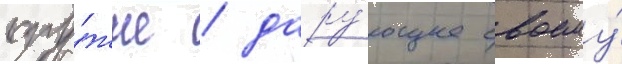
ору́жие / дару́ющее своему́